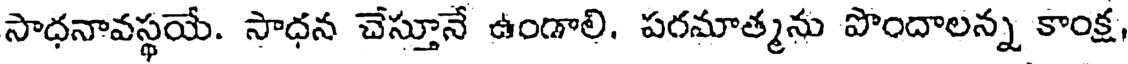
సాధనావస్థయే. సాధన చేస్తూనే ఉండాలి, పరమాత్మను పొందాలన్న కాంక్ష,